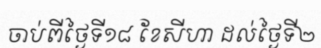
ចាប់ពីថ្ងៃទី១៨ ខែសីហា ដល់ថ្ងៃទី២